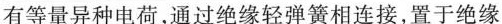
有等量异种电荷，通过绝缘轻弹簧相连接，置于绝缘